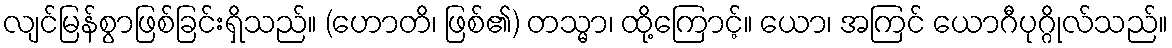
လျင်မြန်စွာဖြစ်ခြင်းရှိသည်။ (ဟောတိ၊ ဖြစ်၏) တသ္မာ၊ ထို့ကြောင့်။ ယော၊ အကြင် ယောဂီပုဂ္ဂိုလ်သည်။